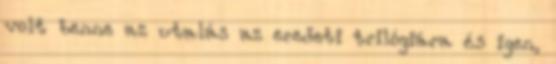
volt benne az utalás az eredeti trilógiára és igen,